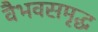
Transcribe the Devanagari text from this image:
वैभवसमृद्ध